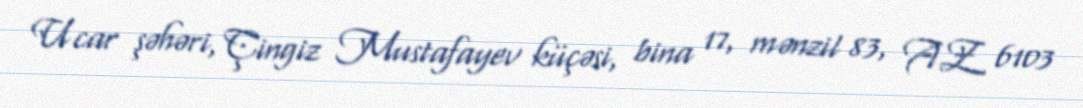
Ucar şəhəri, Çingiz Mustafayev küçəsi, bina 17, mənzil 83, AZ 6103